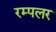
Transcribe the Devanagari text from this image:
रम्पलर